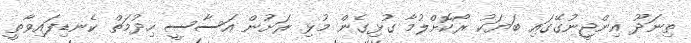
ތިނަދޫ އިންޖީނުގޭގައި ބަޔަކު ރޯކޮށްލުމާ ގުޅިގެން މުޅި ރަށުން އަސާސީ ހިދުމަތް ކެނޑިފައިވާތީ